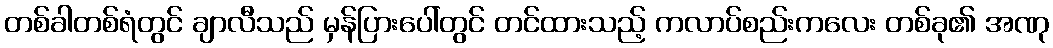
တစ်ခါတစ်ရံတွင် ချာလီသည် မှန်ပြားပေါ်တွင် တင်ထားသည့် ကလာပ်စည်းကလေး တစ်ခု၏ အဏု